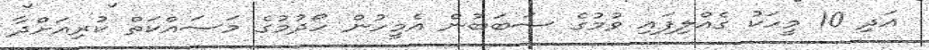
އަދި 10 މީހަކު ގެއްލިފައި ވުމުގެ ސަބަބުން އެމީހުން ހޯދުމުގެ މަސައްކަތް ކުރިއަށްދާ